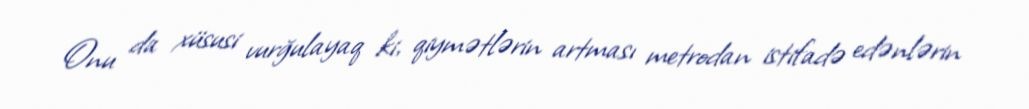
Onu da xüsusi vurğulayaq ki, qiymətlərin artması metrodan istifadə edənlərin